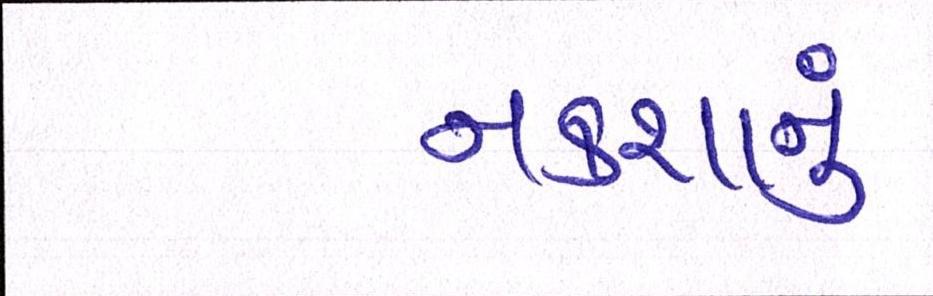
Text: નકશાનું